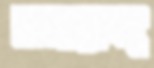
নমরুদ